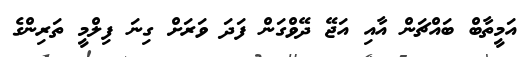
އަމީތާބް ބައްޗަން އާއި އަޖޭ ދޭވްގަން ފަދަ ވަރަށް ގިނަ ފިލްމީ ތަރިންގެ